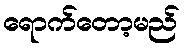
ရောက်တော့မည်